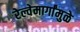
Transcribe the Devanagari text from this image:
रेल्वेमार्गांमुळे